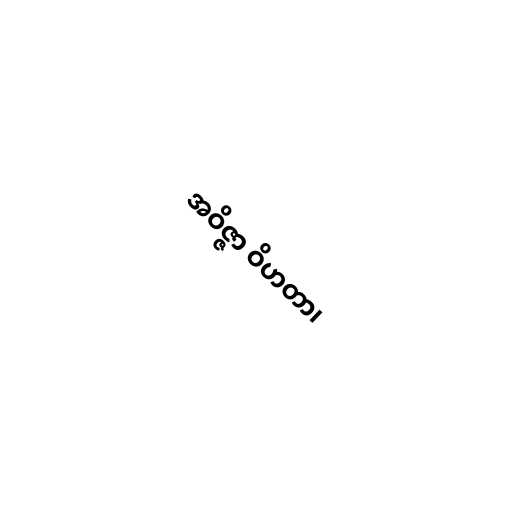
အဝိဇ္ဇာ ဝိဟတာ၊